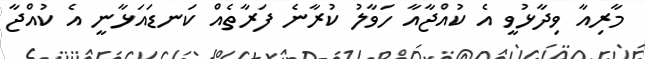
މާރިއާ ވިދާޅުވީ އެ ކުއްޖާއާ ހަވާލު ކުރާނެ ފަރާތެއް ކަނޑައަޅާނީ އެ ކުއްޖާ